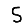
Digit: 5